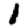
Digit: 1